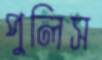
পুলিস